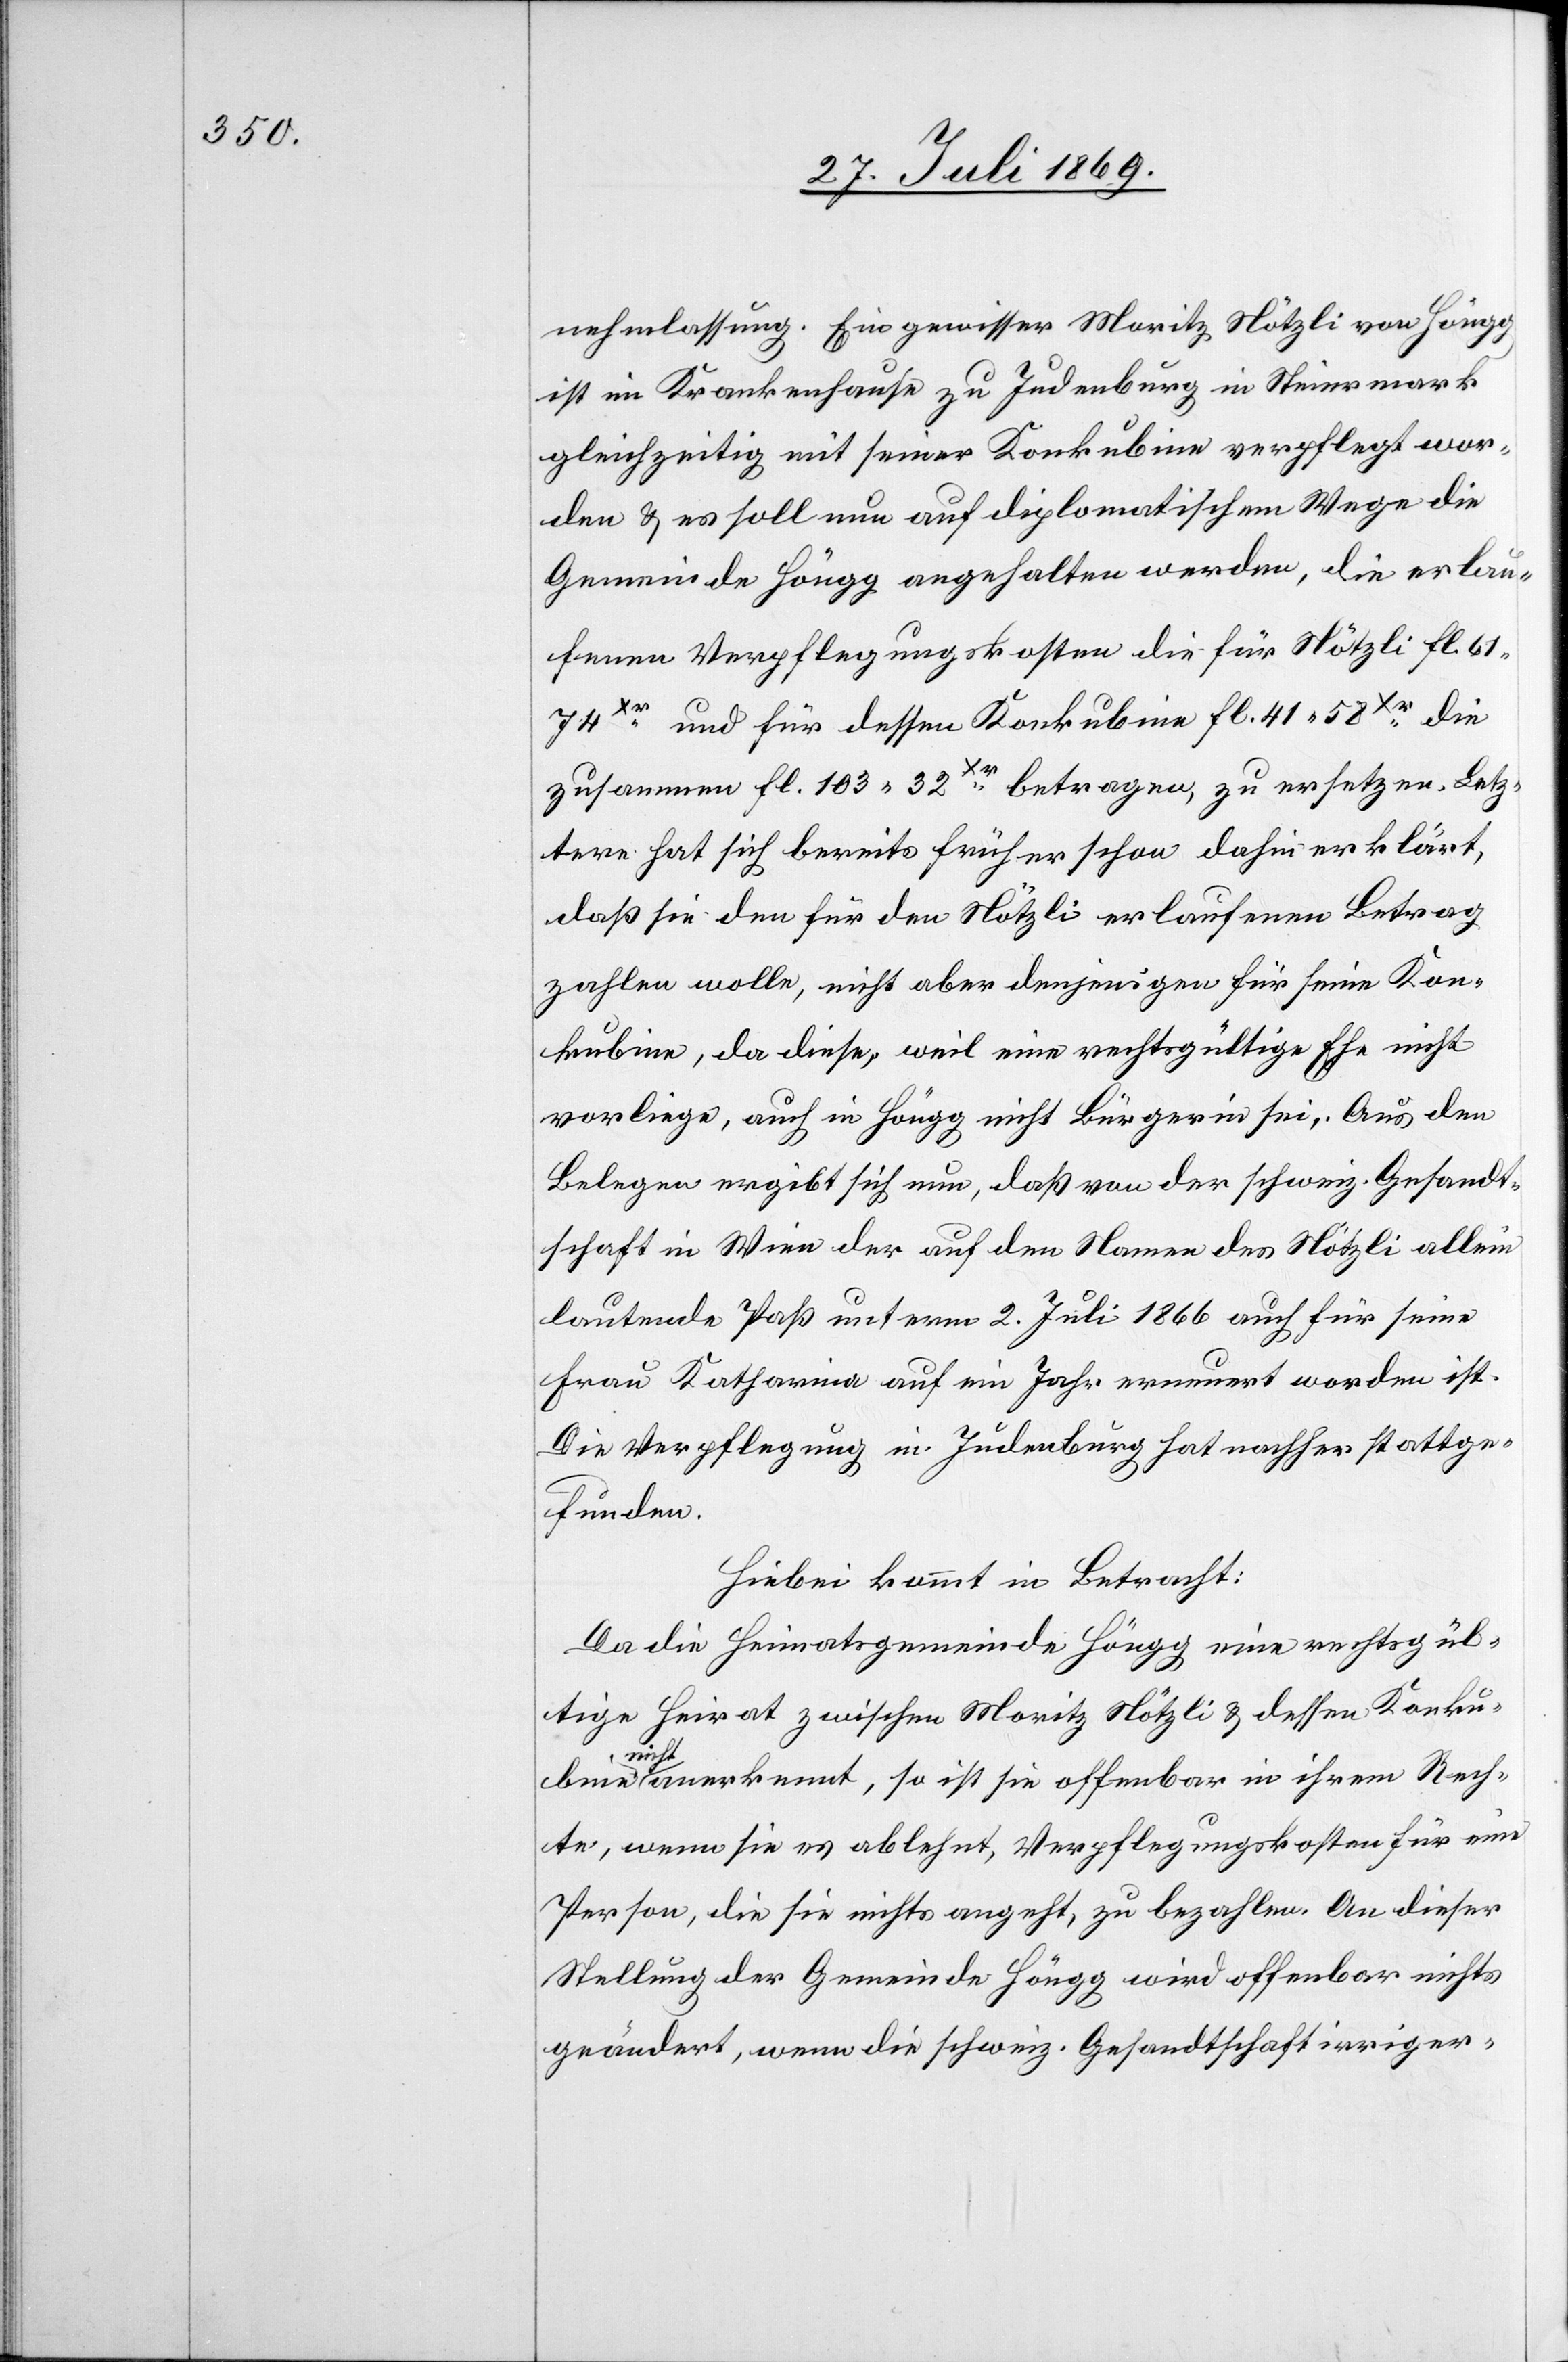
nehmlassung. Ein gewisser Moritz Nötzli von Höngg
ist im Krankenhaus zu Judenburg in Steiermark
gleichzeitig mit seiner Konkubine verpflegt wor¬
den u. es soll nun auf diplomatischem Wege die
Gemeinde Höngg angehalten werden, die erlau¬
fenen Verpflegungskosten die für Nötzli fl. 61.71x¬
r und für dessen Konkubine fl. 41.58xr die
zusammen fl. 103.32xr betragen, zu ersetzen. Letz¬
tere hat sich bereits früher schon dahin erklärt,
daß sie den für den Nötzli erlaufenen Betrag
bezahlen wolle, nicht aber denjenigen für seine Kon¬
kubine, da diese, weil eine rechtsgültige Ehe nicht
vorliege, auch in Höngg nicht Bürgerin sei. Aus den
Belegen ergibt sich nun, daß von der schweiz. Gesandt¬
schaft in Wien der auf dem Namen des Nötzli allein
lautende Paß unterm 2 Juli 1866 auch für seine
Frau Katharina auf ein Jahr erneuert worden ist.
Die Verpflegung in Judenburg hat nachher stattge¬
funden.
Hiebei kommt in Betracht:
Da die Heimatsgemeinde Höngg eine rechtsgül¬
tige Heirat zwischen Moritz Nötzli u. dessen Konku¬
nicht
anerkennt, so ist sie offenbar in ihrem Rech¬
te, wenn sie es ablehnt, Verpflegungskosten für eine
Person, die sie nichts angeht, zu bezahlen. An dieser
Stellung der Gemeinde Höngg wird offenbar nichts
geändert, wenn die schweiz. Gesandtschaft irriger-